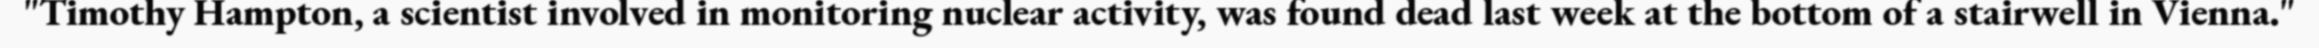
"Timothy Hampton, a scientist involved in monitoring nuclear activity, was found dead last week at the bottom of a stairwell in Vienna."